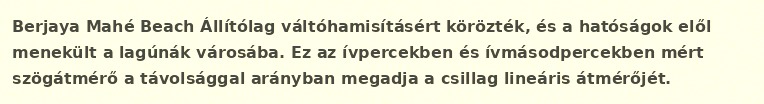
Berjaya Mahé Beach Állítólag váltóhamisításért körözték, és a hatóságok elől menekült a lagúnák városába. Ez az ívpercekben és ívmásodpercekben mért szögátmérő a távolsággal arányban megadja a csillag lineáris átmérőjét.